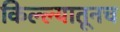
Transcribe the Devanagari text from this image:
किल्ल्यातूनच